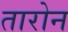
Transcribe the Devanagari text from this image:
तारोन